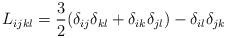
LaTeX: \begin{align*} L_{i j k l} = \frac{3}{2}(\delta_{i j}\delta_{k l} + \delta_{i k}\delta_{j l}) - \delta_{i l }\delta_{j k} \end{align*}